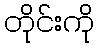
တိုင်းကို